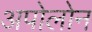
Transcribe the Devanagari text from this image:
अपोलोन